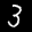
Label: 3